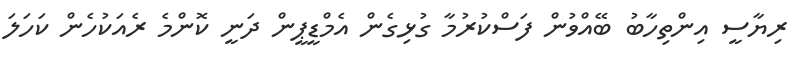
ރިޔާސީ އިންތިހާބު ބޭއްވުން ފަސްކުރުމާ ގުޅިގެން އެމްޑީޕީން ދަނީ ކޮންމެ ރެއަކުހެން ކަހަލަ